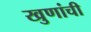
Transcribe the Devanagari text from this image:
खुणांची